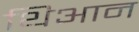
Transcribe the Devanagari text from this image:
थिआन